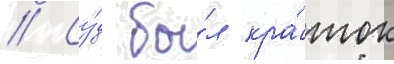
// Су́д бы́л кра́ток